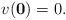
LaTeX: \begin{align*} v(\mathbf 0) =0. \end{align*}